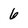
Character: 6